Vaccination in Burma 1889-1999 - 1889-1999
Year: 1889
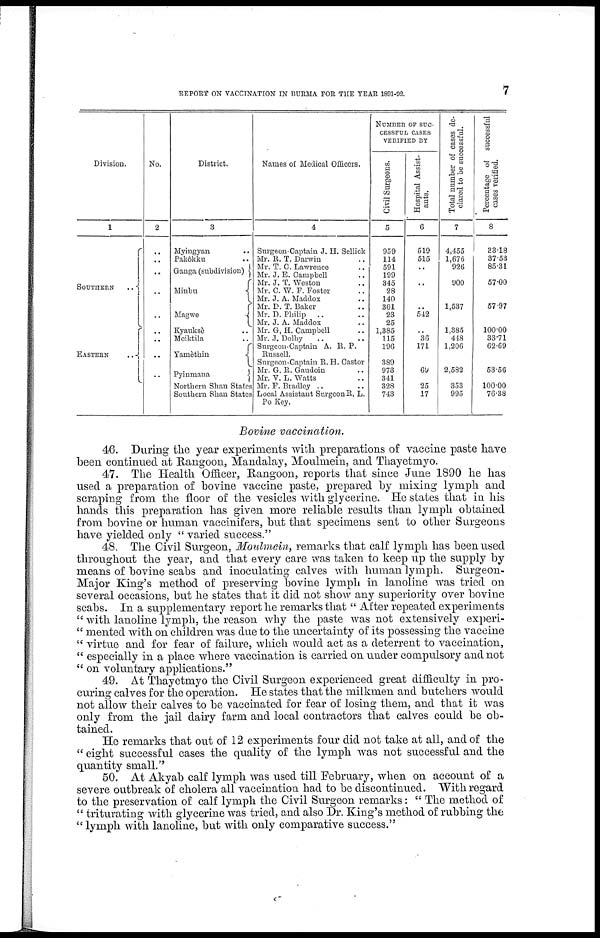
REPORT ON VACCINATION IN BURMA FOR THE YEAR 1891-92.
7
Division.
1
SOUTHERN
..
EASTERN
..
No.
2
..
..
..
..
..
..
..
..
..
..
..
..
..
..
..
..
..
District.
3
Myingyan ..
Pakôkku ..
Ganga (subdivision)
Minbu
Magwe
Kyauksè ..
Meiktila ..
Yamèthin
Pyinmana
Northern Shan States
Southern Shan States
Names of Medical Officers.
4
Surgeon-Captain J. H. Sellick
Mr. R. T. Darwin ..
Mr. T. C. Lawrence ..
Mr. J. E. Campbell ..
Mr. J. T. Weston ..
Mr. C. W. F. Foster ..
Mr. J. A. Maddox ..
Mr. D. T. Baker ..
Mr. D. Philip
..
Mr. J. A. Maddox ..
Mr. G, H. Campbell ..
Mr. J. Dolby .. ..
Surgeon-Captain A. R. P.
Russell.
Surgeon-Captain R. H. Castor
Mr. G. R. Gaudoin ..
Mr. V. L. Watts ..
Mr. F. Bradley ..
Local Assistant Surgeon R, L.
Po Key.
NUMBER OP SUC-
CESSFUL CASES
VERIFIED BY
Civil Surgeons.
5
959
114
591
199
345
28
140
301
23
25
1,385
115
196
389
973
341
328
743
Hospital Assist-
ants.
6
519
515
..
..
..
..
..
..
542
..
36
171
..
69
25
17
Total number of cases de-
clared to be successful.
7
4,455
1,676
926
..
900
..
..
1,537
..
1,385
448
1,206
..
2,582
353
995
Percentage of successful
cases verified.
8
33.18
37.53
85.31
..
57.00
..
..
57.97
..
100.00
33.71
62.69
..
53.56
100.00
76.38
Bovine vaccination.
46. During the year experiments with preparations of vaccine paste have
been continued at Rangoon, Mandalay, Moulmein, and Thayetmyo.
47. The Health Officer, Rangoon, reports that since June 1890 he has
used a preparation of bovine vaccine paste, prepared by mixing lymph and
scraping from the floor of the vesicles with glycerine. He states that in his
hands this preparation has given more reliable results than lymph obtained
from bovine or human vaccinifers, but that specimens sent to other Surgeons
have yielded only " varied success."
48. The Civil Surgeon, Moulmein, remarks that calf lymph has been used
throughout the year, and that every care was taken to keep up the supply by
means of bovine scabs and inoculating calves with human lymph. Surgeon-
Major King's method of preserving bovine lymph in lanoline was tried on
several occasions, but he states that it did not show any superiority over bovine
scabs. In a supplementary report he remarks that " After repeated experiments
" with lanoline lymph, the reason why the paste was not extensively experi-
" mented with on children was due to the uncertainty of its possessing the vaccine
" virtue and for fear of failure, which would act as a deterrent to vaccination,
" especially in a place where vaccination is carried on under compulsory and not
" on voluntary applications."
49. At Thayetmyo the Civil Surgeon experienced great difficulty in pro-
curing calves for the operation. He states that the milkmen and butchers would
not allow their calves to be vaccinated for fear of losing them, and that it was
only from the jail dairy farm and local contractors that calves could be ob-
tained.
He remarks that out of 12 experiments four did not take at all, and of the
" eight successful cases the quality of the lymph was not successful and the
quantity small."
50. At Akyab calf lymph was used till February, when on account of a
severe outbreak of cholera all vaccination had to be discontinued. With regard
to the preservation of calf lymph the Civil Surgeon remarks: " The method of
" triturating with glycerine was tried, and also Dr. King's method of rubbing the
" lymph with lanoline, but with only comparative success."